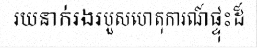
រយនាក់រងរបួសហេតុការណ៍ផ្ទុះដ៏